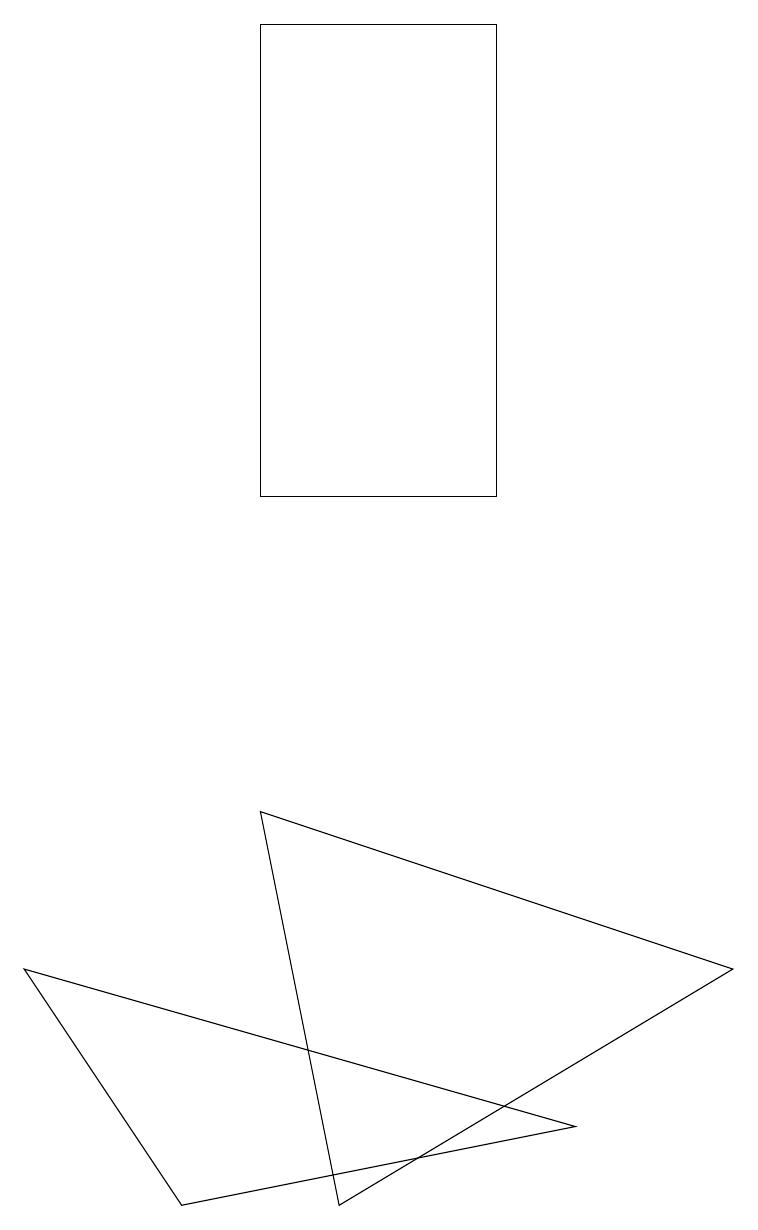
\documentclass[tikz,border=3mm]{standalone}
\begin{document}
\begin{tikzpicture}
\draw (6,10) rectangle (3,16);
\draw (4,1) -- (9,4) -- (3,6) -- cycle;
\draw (2,1) -- (0,4) -- (7,2) -- cycle;
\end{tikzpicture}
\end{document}